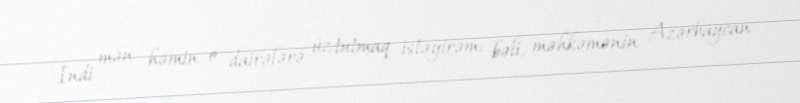
İndi mən həmin o dairələrə üz tutmaq istəyirəm: bəli, məhkəmənin Azərbaycan